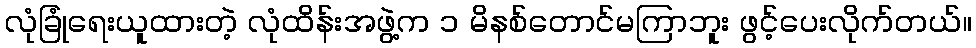
လုံခြုံရေးယူထားတဲ့ လုံထိန်းအဖွဲ့က ၁ မိနစ်တောင်မကြာဘူး ဖွင့်ပေးလိုက်တယ်။